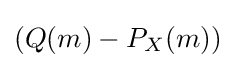
(Q(m)-P_{X}(m))